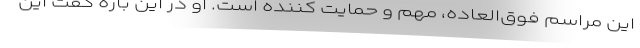
این مراسم فوق‌العاده، مهم و حمایت کننده است. او در این باره گفت این